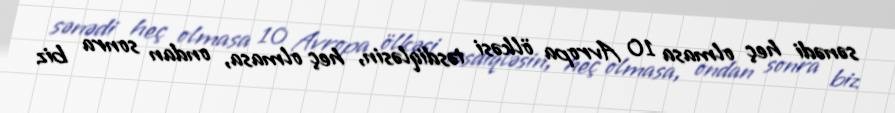
sənədi heç olmasa 10 Avropa ölkəsi təsdiqləsin, heç olmasa, ondan sonra biz